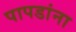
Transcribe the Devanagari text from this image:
पापडांना